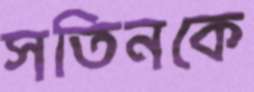
সতিনকে